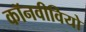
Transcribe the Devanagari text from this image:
कॉनवीवियो